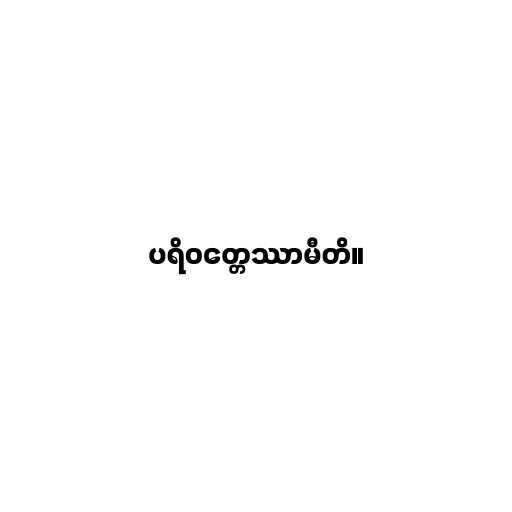
ပရိဝတ္တေဿာမီတိ။